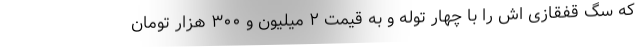
که سگ قفقازی اش را با چهار توله و به قیمت ۲ میلیون و ۳۰۰ هزار تومان